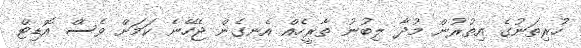
ހުރިތަނުގެ އިތުރުން މުދާ ލިބުނު ތާރީހެއް އެނގެން ޖެހޭނެ ކަމަށް ވެސް އޮޑިޓް